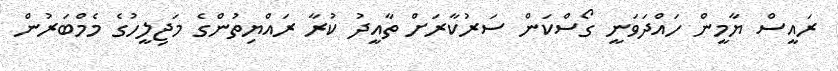
ރައީސް ޔާމީން ހައްދަވަނީ ގޯސްކަން ސަރުކާރަށް ތާއީދު ކުރާ ރައްޔިތުންގެ މަޖިލީހުގެ މެމްބަރުން